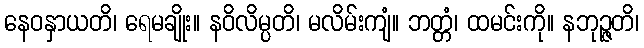
နေဝနှာယတိ၊ ရေမချိုး။ နဝိလိမ္ပတိ၊ မလိမ်းကျံ။ ဘတ္တံ၊ ထမင်းကို။ နဘုဉ္ဇတိ၊